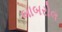
બાબરોલ